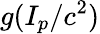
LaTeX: g(I_{p}/c^{2})